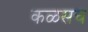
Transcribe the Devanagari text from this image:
कळसच